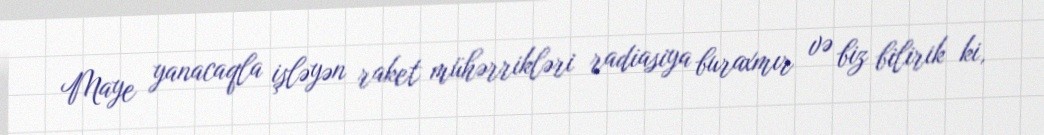
Maye yanacaqla işləyən raket mühərrikləri radiasiya buraxmır və biz bilirik ki,